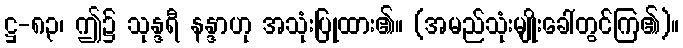
ဋ္ဌ-၈၃၊ ဤ၌ သုန္ဒရီ နန္ဒာဟု အသုံးပြုထား၏။ (အမည်သုံးမျိုးခေါ်တွင်ကြ၏)။